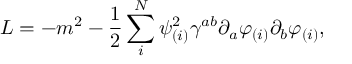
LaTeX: { \cal L } = - m ^ { 2 } - { \frac { 1 } { 2 } } \sum _ { i } ^ { N } \psi _ { ( i ) } ^ { 2 } \gamma ^ { a b } \partial _ { a } \varphi _ { ( i ) } \partial _ { b } \varphi _ { ( i ) } ,